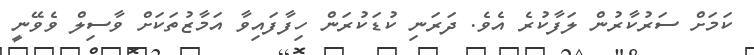
ކަމަށް ސަރުކާރުން ލަފާކުރެ އެވެ. ދަރަނި ކުޑަކުރަން ހިފާފައިވާ އަމާޒުތަކަށް ވާސިލް ވެވޭނީ